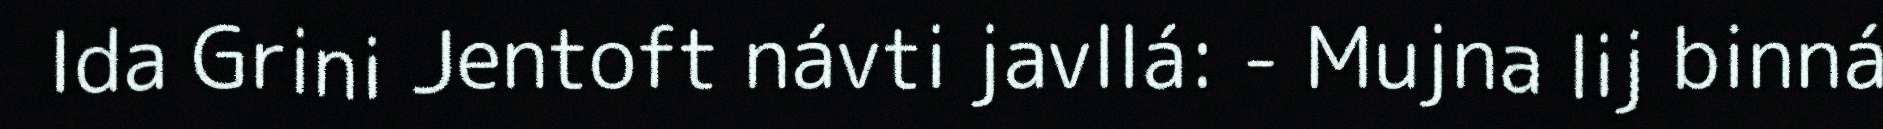
Ida Grini Jentoft návti javllá: - Mujna lij binná